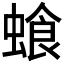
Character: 𮔣